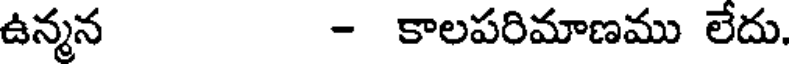
ఉన్మన - కాలపరిమాణము లేదు.